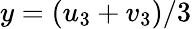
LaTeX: y=(u_{3}+v_{3})/3